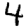
Digit: 4